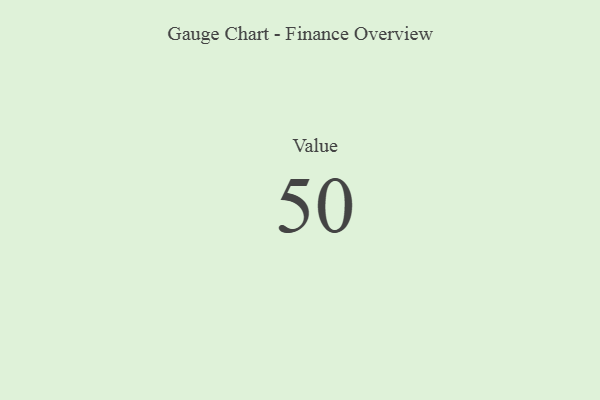
{"axis": {"x": "Metric", "y": "Value"}, "legend": [""], "data": [{"x": "Value", "y": 50, "type": ""}]}